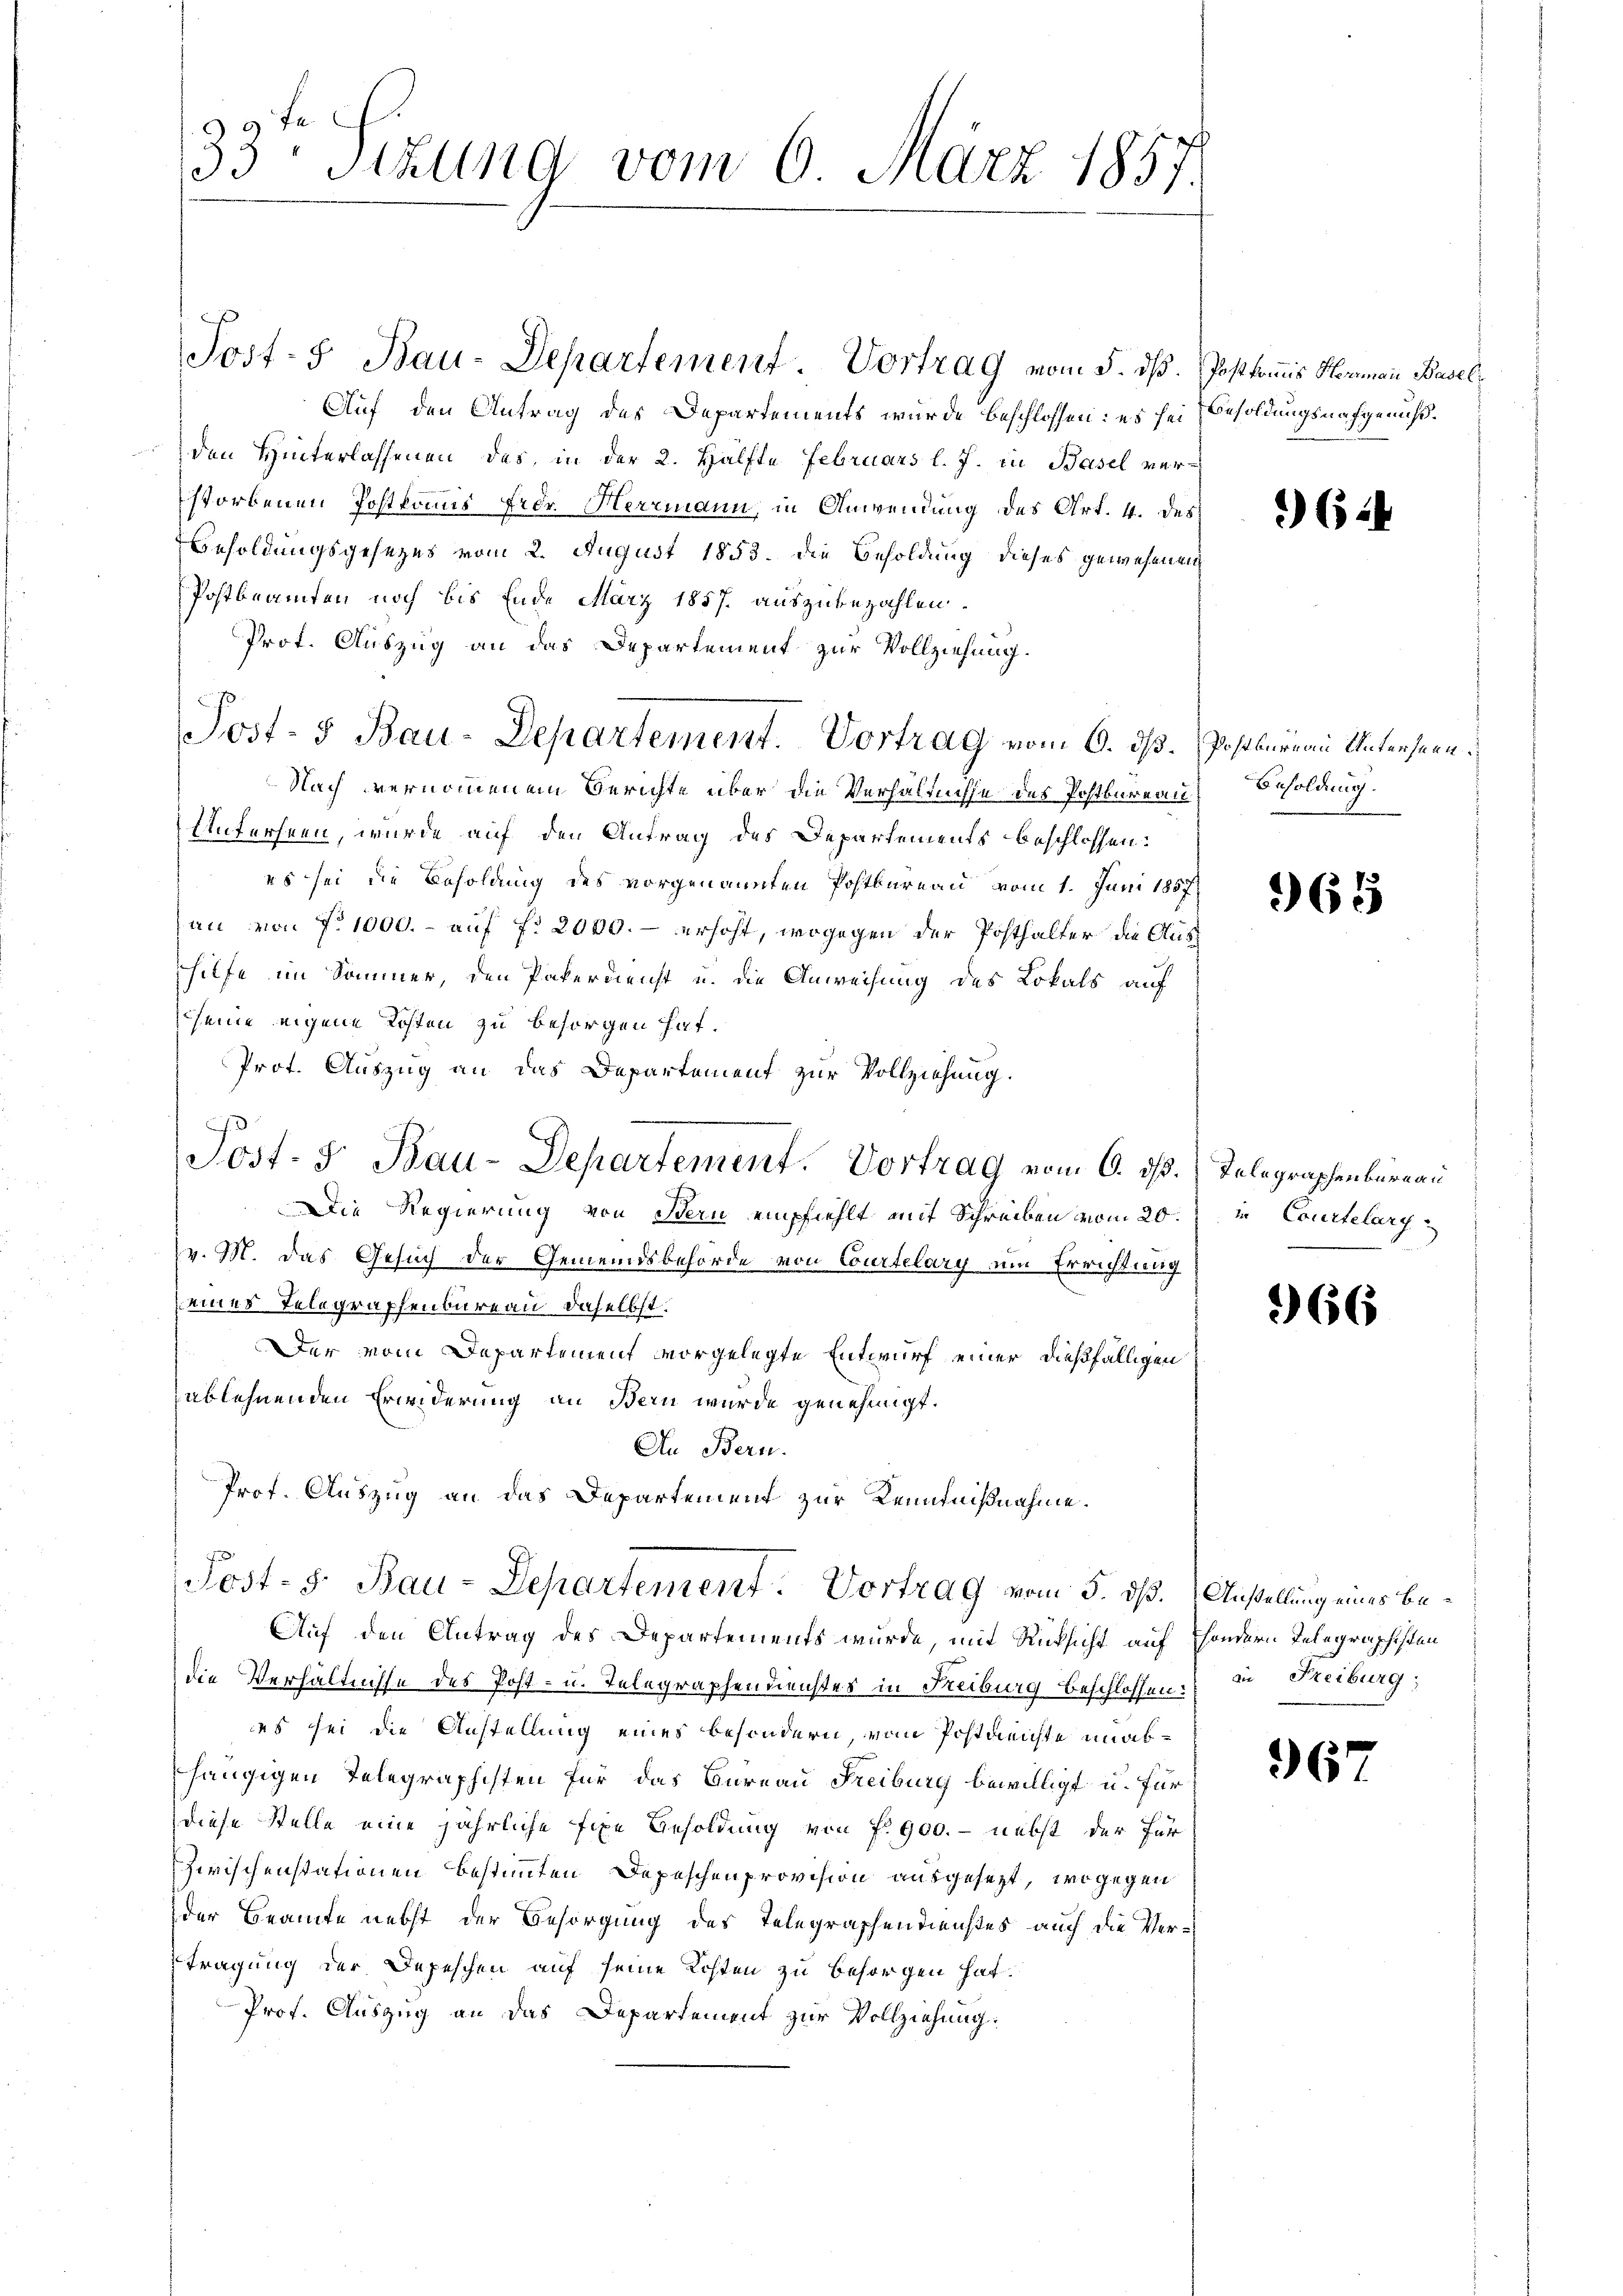
Auf den Antrag des Departements wurde beschlossen: es sei Besoldungsnachgenußden Hinterlassenen das, in der 2. Hälfte Februars l. J. in Basel verstorbenen Postkommis Fedr. Herrmann, in Anwendung des Art. 4. des
Besoldungsgesezes vom 2. August 1853. die Besoldung dieses gewesenen
Postbeamten noch bis Ende März 1857. auszubezahlen.
Prot. Auszug an das Departement zur Vollziehung.
Nach vernommenem Berichte über die Verhältnisse des Postbureau, Besoldung.
Anferseen, wurde auf den Antrag des Departements beschlossen:
es sei die Beholung des vorgenannten Postbareau vom 1. Juni 1857
an von No 1000.- auf fr 2000.- erhöht, wogegen der Posthalter die Aushilfe im Sommer, den Paterdienst u. die Anweisung des Lokals auf
seine eigene Kosten zu besorgen hat.
Prot. Auszug an das Departement zur Vollziehung.
Sost- & Bau-Departement. Vortrag vom 6. ds. Telegraphenbüreau
Die Regierung von Bern empfiehlt mit Schreiben vom 20.   Courtelary
v. M. das Gesuch der Gemeindsbehörde von Courtelary ein Errichtung
eines Telegraphenbureau daselbst.
Der vom Departement vorgelegte Entwurf einer dießfälligen
ablehnenden Erwiderung an Bern wurde genehmigt.
An Bern.
Prof. Auszug an das Departement zur Kenntnißnahme.
Post- 5. Bau-Departement. Vortrag vom 5. dß. Anstellung eines be¬
Auf den Antrag des Departements wurde, mit Rücksicht auf Esondern Telegraphisten
die Verhältnisse des Post- u. Telegraphendienstes in Freiburg beschlossen: in Freiburg;
es sei die Anstellung eines besondern, vom Postreichte unabhängigen Telegraphisten für das Bureau Freiburg bewilligt u. für
diese Stelle eine jährliche fixe Besoldung von fr. 900. - nebst der für
Zwischenstationen bestimmten Depeschenprovision ausgesezt, wogegen
der Beamte nebst der Besorgung des Telegraphendienstes auch die Vertragung der Depeschen auf seine Kosten zu besorgen hat.
Prof. Auszug an das Departement zur Vollziehung:

25
33 stehung vom 6. März 1857.

Post-5 Bau-Departement. Vortrag vom 5. dß. Postkommis Hermann Basel¬

ß

Post- u Bau-Departement. Vortrag vom 6. dß. Postbureau Unterseen¬

624

65

366

967